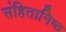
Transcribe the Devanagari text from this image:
संहितानिष्ठ